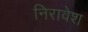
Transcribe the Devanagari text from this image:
निरावेश